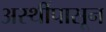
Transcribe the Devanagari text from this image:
अस्थींपासून